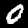
Label: 0